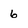
Character: 6